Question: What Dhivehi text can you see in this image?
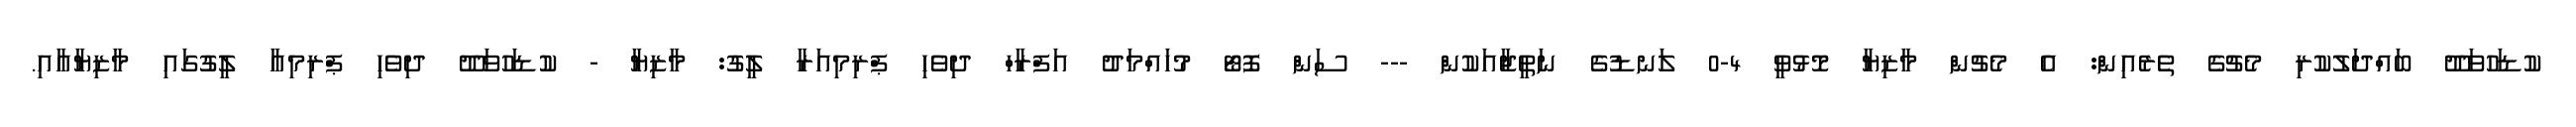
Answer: ކުޑަހުވަދޫ ބައްދަލުކުރި މެޗުގެ ތެރެއިން: އެ މެޗުން މާޒިޔާ މޮޅުވީ 4-0 ލަނޑުގެ ނަތީޖާއަކުން --- ސަން ފޮޓޯ މުހައްމަދު އަފްރާހް ދިވެހި ޕްރިމިއަރާ ލީގު: މާޒިޔާ - ކުޑަހުވަދޫ ދިވެހި ޕްރިމިއާ ލީގުގައި މާޒިޔާއާއި.